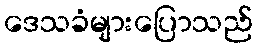
ဒေသခံများပြောသည်